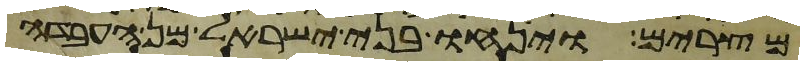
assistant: מצרים וינחו בני ישראל מן העבדה